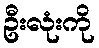
ဦးလုံးကို